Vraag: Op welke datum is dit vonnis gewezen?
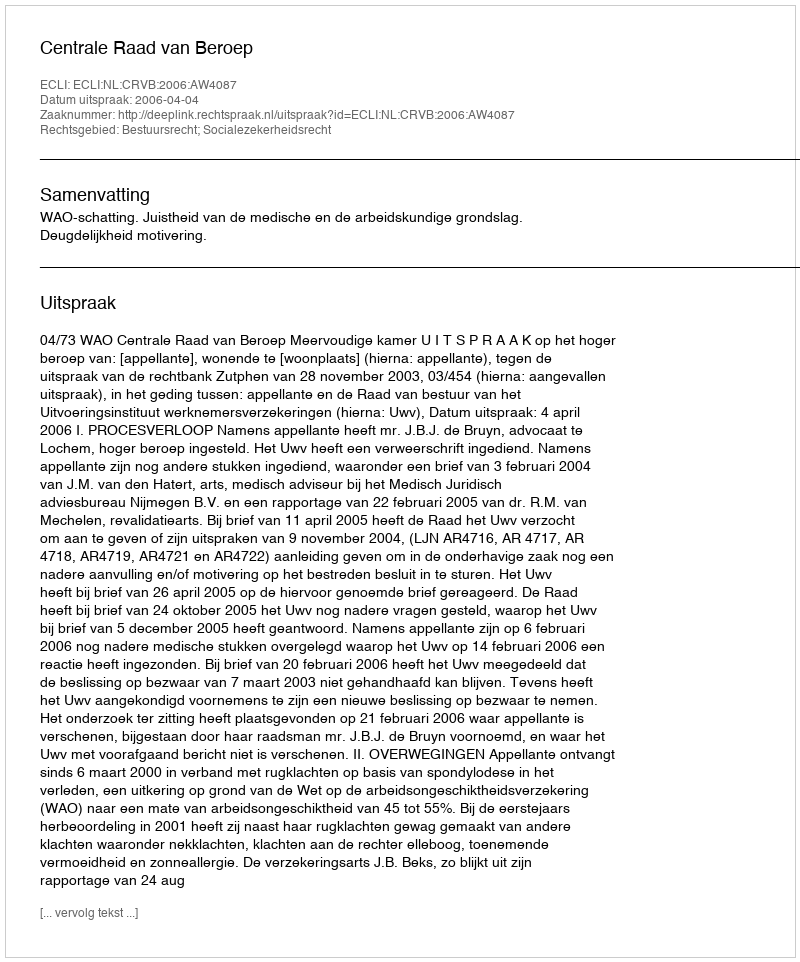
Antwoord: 2006-04-04